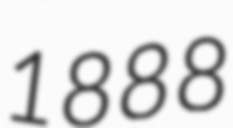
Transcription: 1888